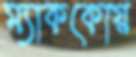
ম্যাককোয়